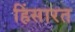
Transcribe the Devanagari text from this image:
हिंसारत